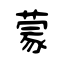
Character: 蒙